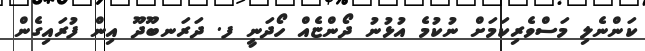
ކަންނެލި މަސްވެރިކަމަށް ނުކުމެ އުޅުނު ދޯންޏެއް ހޯދަނީ ފ. ދަރަނބޫދޫ އިން ފުރައިގެން